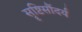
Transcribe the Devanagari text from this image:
सॄष्टिसौंदर्य